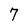
Character: 7